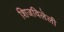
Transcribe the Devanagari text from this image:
शिजविलेली